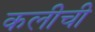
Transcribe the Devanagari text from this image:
कलीची